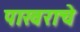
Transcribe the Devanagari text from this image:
पाखराचे